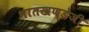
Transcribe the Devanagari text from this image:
भातखण्डेजी